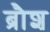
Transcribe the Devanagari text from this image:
ब्रौश